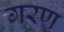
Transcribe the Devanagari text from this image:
गरण